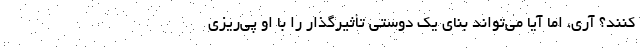
‌کنند؟ آری، اما آیا می‌تواند بنای یک دوستی تأثیر‌گذار را با او پی‌ریزی